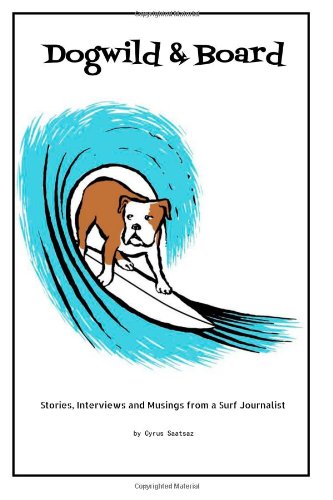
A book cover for Dogwild & Board: Stories, Interviews and Musings from a Surf Journalist; Cyrus Saatsaz; Sports & Outdoors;